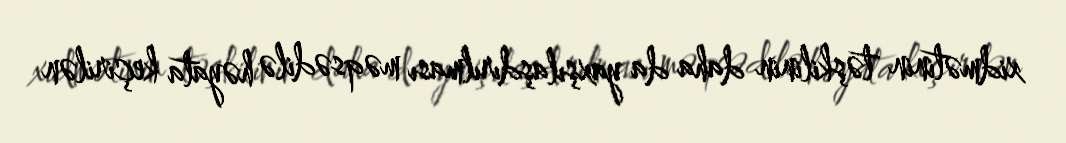
xidmətinin təşkilinin daha da yaxşılaşdırılması məqsədilə həyata keçirilən